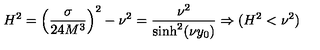
H ^ { 2 } = \left( \frac { \sigma } { 2 4 M ^ { 3 } } \right) ^ { 2 } - \nu ^ { 2 } = \frac { \nu ^ { 2 } } { \sinh ^ { 2 } ( \nu y _ { 0 } ) } \Rightarrow ( H ^ { 2 } < \nu ^ { 2 } )